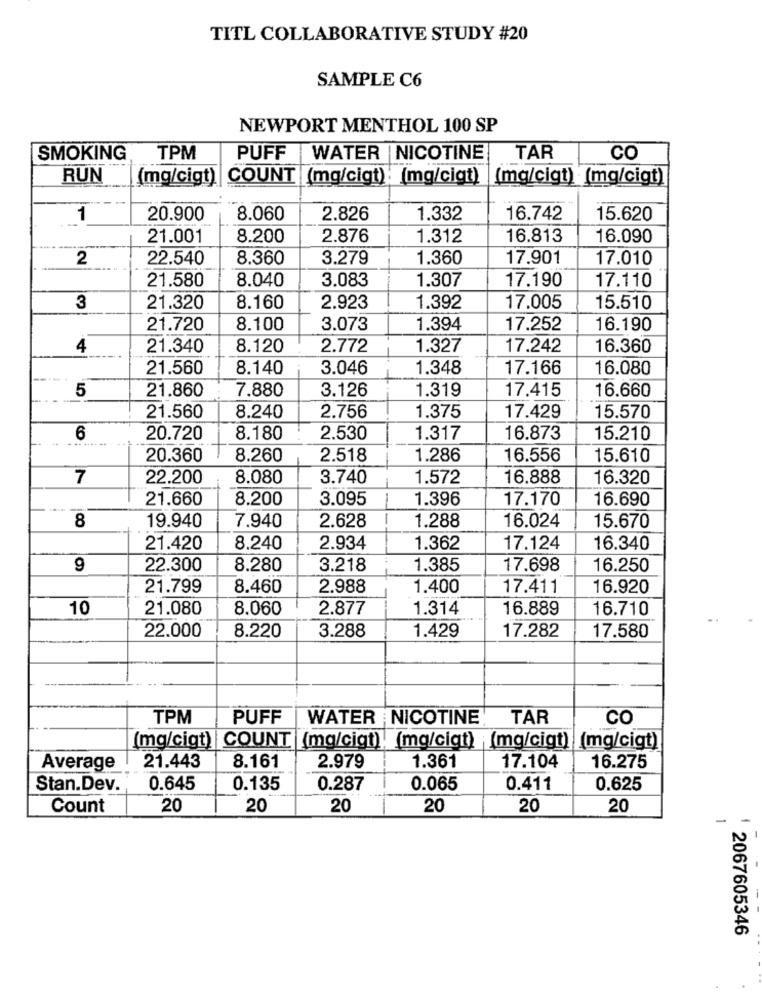
TITL COLLABORATIVE STUDY #20
SAMPLE C6
NEWPORT MENTHOL 100 SP
SMOKING
TPM
PUFF
WATER |NICOTINE
TAR
CO
RUN
(mg/cigt)
COUNT
(mg/cigt) : (mg/cigt)
(mg/cigt) (mg/cigt)
1
20.900
8.060
2.826
1.332
16.742
15.620
21.001
8.200
2.876
1.312
16.813
16.090
2
22.540
8.360
3.279
1.360
17.901
17.010
8.040
3.083
1.307
17.190
17.110
21.580
3
21.320
8.160
2.923
1.392
17.005
15.510
21.720
8.100
3.073
1.394
17.252
16.190
4
21.340
8.120
2.772
1.327
17.242
16.360
21.560
8.140
3.046
1.348
17.166
16.080
21.860
7.880
3.126
1.319
17.415
16.660
5
21.560
8.240
2.756
1.375
17.429
15.570
6
20.720
8.180
2.530
1.317
16.873
15.210
20.360
8.260
2.518
1.286
16.556
15.610
7
22.200
8.080
3.740
1.572
16.888
16.320
21.660
8.200
3.095
1.396
17.170
16.690
16.024
8
19.940
7.940
2.628
1.288
15.670
21.420
8,240
2.934
1.362
17.124
16.340
9
22.300
8.280
3.218
1.385
17.698
16.250
21.799
8.460
2.988
1.400
17.411
16.920
10
21.080
8.060
2.877
1.314
16.889
16.710
22.000
8.220
3.288
17.282
1.429
17.580
TPM
PUFF
WATER NICOTINE
TAR
CO
(mg/cigt) COUNT (mg/cigt), (mg/cigt) (mg/cigt) (mg/cigt)
Average
21.443
8.161
2.979
1.361
17.104
16.275
Stan.Dev.
0.645
0.135
0.287
0.065
0.411
0.625
Count
20
20
20
20
20
20
-
2067605346